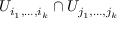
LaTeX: U _ { i _ { 1 } , \dots , i _ { k } } \cap U _ { j _ { 1 } , \dots , j _ { k } }